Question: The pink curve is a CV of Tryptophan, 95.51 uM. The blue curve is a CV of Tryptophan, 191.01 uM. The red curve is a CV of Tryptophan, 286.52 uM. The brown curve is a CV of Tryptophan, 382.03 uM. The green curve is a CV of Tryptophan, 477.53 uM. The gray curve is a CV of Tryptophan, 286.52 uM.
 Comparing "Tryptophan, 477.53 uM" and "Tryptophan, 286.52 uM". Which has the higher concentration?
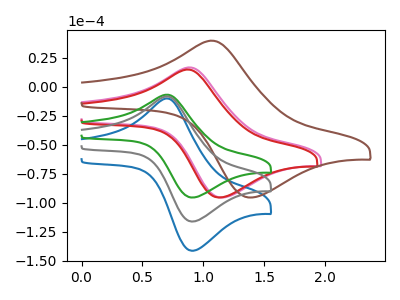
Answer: <think>The pink curve "Tryptophan, 95.51 uM" has an anodic peak at (0.90V, 16.75uA) and a cathodic peak at (1.15V, -95.45uA). The blue curve "Tryptophan, 191.01 uM" has an anodic peak at (0.70V, -16.45uA) and a cathodic peak at (0.90V, -232.30uA). The red curve "Tryptophan, 286.52 uM" has an anodic peak at (0.85V, 14.95uA) and a cathodic peak at (1.15V, -95.45uA). The brown curve "Tryptophan, 382.03 uM" has an anodic peak at (1.05V, 39.85uA) and a cathodic peak at (1.40V, -95.45uA). The green curve "Tryptophan, 477.53 uM" has an anodic peak at (0.70V, -6.75uA) and a cathodic peak at (0.90V, -95.45uA). The gray curve "Tryptophan, 286.52 uM" has an anodic peak at (0.70V, -8.20uA) and a cathodic peak at (0.90V, -116.15uA).
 All the peaks in "Tryptophan, 477.53 uM" have a peak in "Tryptophan, 286.52 uM" at the same potential.</think>
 <answer>I cant tell if "Tryptophan, 477.53 uM" or "Tryptophan, 286.52 uM" has higher concentration.</answer>
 <eval>mixed_concentration</eval>